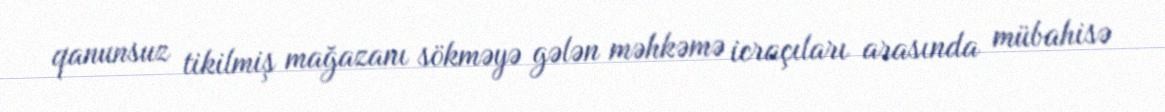
qanunsuz tikilmiş mağazanı sökməyə gələn məhkəmə icraçıları arasında mübahisə